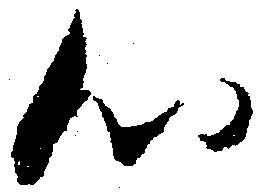
心